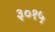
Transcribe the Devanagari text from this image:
३०१५